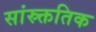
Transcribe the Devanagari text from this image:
सांस्र्क्ततिक